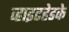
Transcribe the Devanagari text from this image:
व्हाइटहेडके